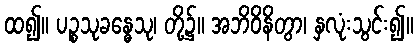
ထ၍။ ပဉ္စသုခန္ဓေသု၊ တို့၌။ အဘိဝိနိတွာ၊ နှလုံးသွင်း၍။